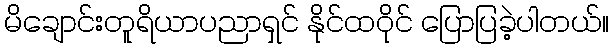
မိချောင်းတူရိယာပညာရှင် နိုင်ထဝိုင် ပြောပြခဲ့ပါတယ်။